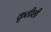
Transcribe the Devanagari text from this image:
कृतीशी